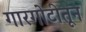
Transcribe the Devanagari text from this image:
गारगोटीतून